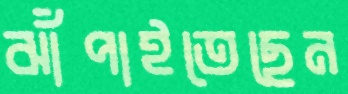
ঝাঁপাইতেছেন